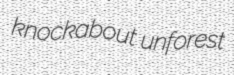
knockabout unforest